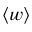
\ensuremath { \langle w \rangle }